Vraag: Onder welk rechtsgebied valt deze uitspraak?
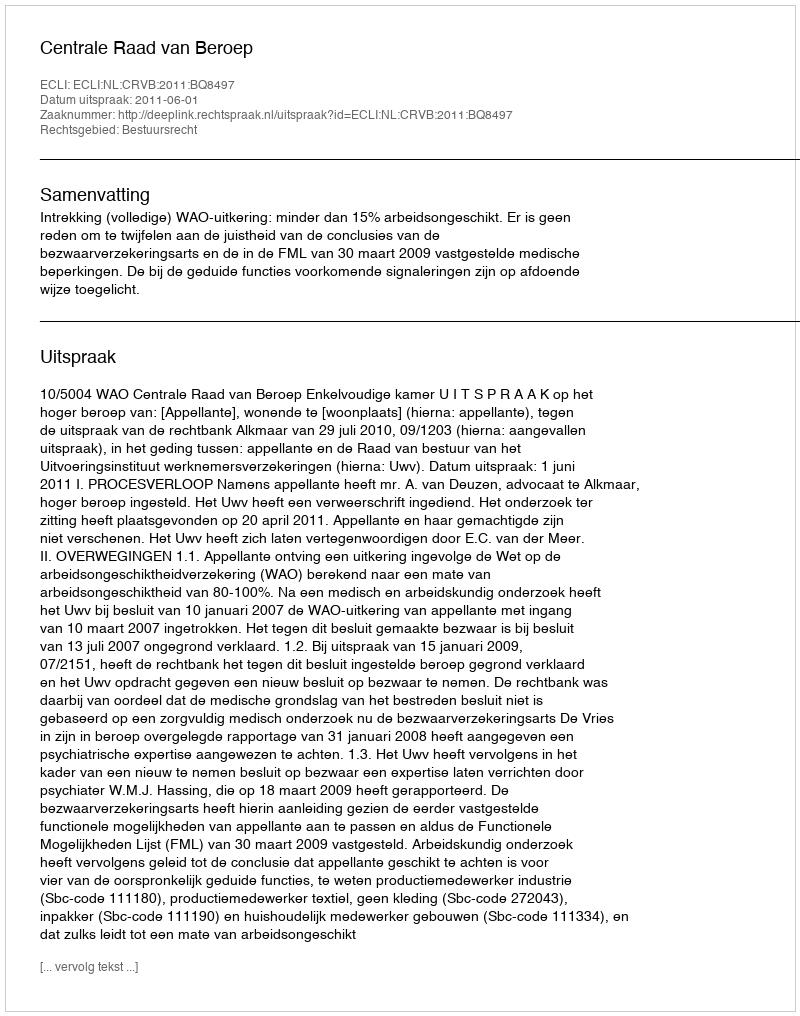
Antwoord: Bestuursrecht